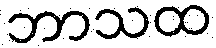
ဘာသထ